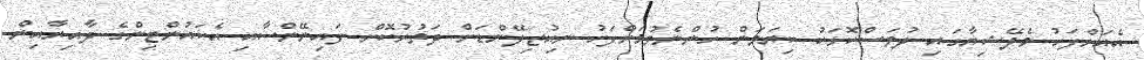
އެއަށްފަހު މެލޭޝިޔާގައި ދުވަސްކޮޅަކު ކިޔަވަން ހުންނެވުމަށްފަހު ނިއުޒިލޭންޑަށް ދަތުރުކޮށް ފައިނޭންސާއި އެކައުންޓިންގެ ދާއިރާއިން